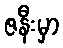
ဇနီးမှာ